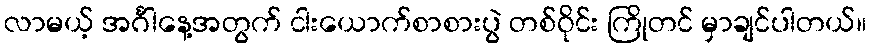
လာမယ့် အင်္ဂါနေ့အတွက် ငါးယောက်စာစားပွဲ တစ်ဝိုင်း ကြိုတင် မှာချင်ပါတယ်။